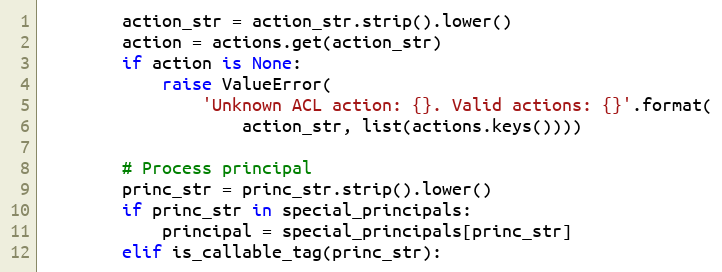
Language: Python
        action_str = action_str.strip().lower()
        action = actions.get(action_str)
        if action is None:
            raise ValueError(
                'Unknown ACL action: {}. Valid actions: {}'.format(
                    action_str, list(actions.keys())))

        # Process principal
        princ_str = princ_str.strip().lower()
        if princ_str in special_principals:
            principal = special_principals[princ_str]
        elif is_callable_tag(princ_str):